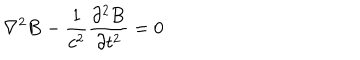
LaTeX: { \bf \nabla } ^ { 2 } { \bf B } - { \frac { 1 } { c ^ { 2 } } } { \frac { \partial ^ { 2 } { \bf B } } { \partial t ^ { 2 } } } = 0